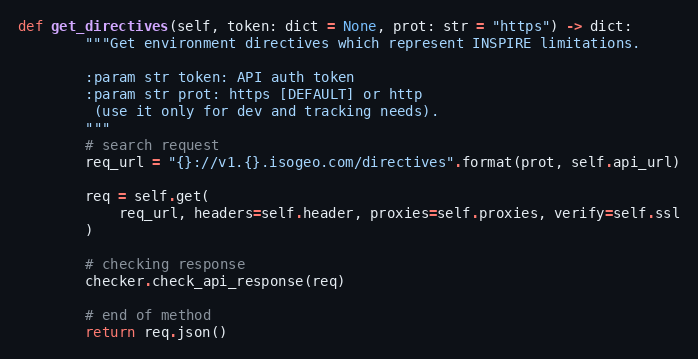
Language: Python
def get_directives(self, token: dict = None, prot: str = "https") -> dict:
        """Get environment directives which represent INSPIRE limitations.

        :param str token: API auth token
        :param str prot: https [DEFAULT] or http
         (use it only for dev and tracking needs).
        """
        # search request
        req_url = "{}://v1.{}.isogeo.com/directives".format(prot, self.api_url)

        req = self.get(
            req_url, headers=self.header, proxies=self.proxies, verify=self.ssl
        )

        # checking response
        checker.check_api_response(req)

        # end of method
        return req.json()